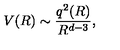
V ( R ) \sim \frac { q ^ { 2 } ( R ) } { R ^ { d - 3 } } ,